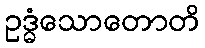
ဥဒ္ဓံသောတောတိ